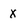
Character: x